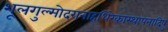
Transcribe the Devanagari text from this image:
शूलगुल्मोदरानाहधिरेकास्थापनादिषु